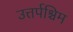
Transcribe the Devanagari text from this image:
उत्तर्पश्चिम